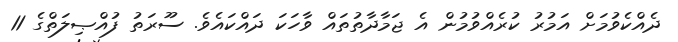
ދެއްކެވުމަށް އަމުރު ކުރެއްވުމުން އެ ޖަމާދާތުތައް ވާހަކަ ދައްކައެވެ. ސޫރަތު ފުއްޞިލަތްގެ 11